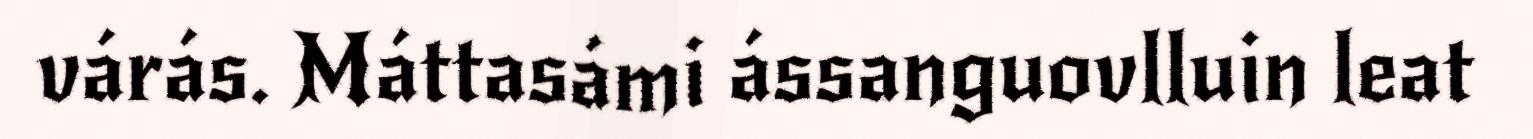
várás. Máttasámi ássanguovlluin leat